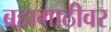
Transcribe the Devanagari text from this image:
ब्रह्मगाठीवर